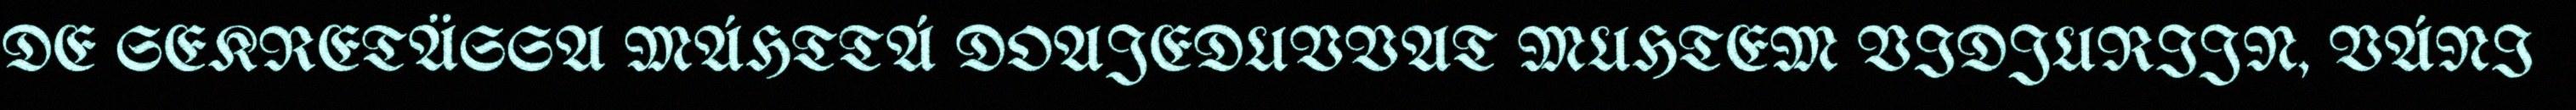
DE SEKRETÄSSA MÁHTTÁ DOAJEDUVVAT MUHTEM VIDJURIJN, VÁNI